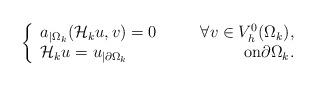
LaTeX: \begin{align*} \left\{\begin{array}{lcr}a_{|\Omega_k}(\mathcal{H}_k u,v)=0&\quad&\forall v\in V^0_h(\Omega_k),\\ \mathcal{H}_ku=u_{|\partial\Omega_k} &\quad& \mathrm{on} \partial \Omega_k.\end{array}\right.\end{align*}